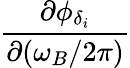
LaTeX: \frac{\partial\phi_{\delta_{i}}}{\partial(\omega_{B}/2\pi)}